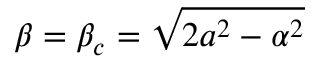
\beta = \beta _ { c } = \sqrt { 2 a ^ { 2 } - \alpha ^ { 2 } }